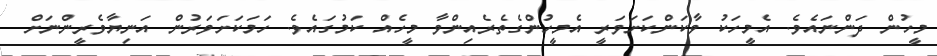
މީހުން ދަންނައެވެ. އެމީހަކު ވާކަންކަށަވަރީ އެމީހުންގެތެރެއިންވާ މީހެއް ކަމުގައެވެ. ހަމަކަށަވަރުން އަނިޔާވެރީންނަށް